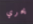
يحري